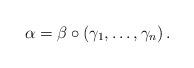
LaTeX: \begin{align*}\alpha=\beta \circ \left( \gamma_1,\ldots,\gamma_n\right).\end{align*}